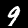
Digit: 9